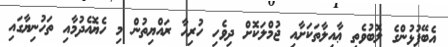
އެބޭފުޅުންގެ ލޮބުވެތި ޢާއިލާތަކަށާއި ޖުމްލަކޮށް ދިވެހި ހުރިހާ ރައްޔިތުން މި ހެޔޮއެދުމާއި ތަހުނިޔާގައި